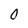
Character: 0